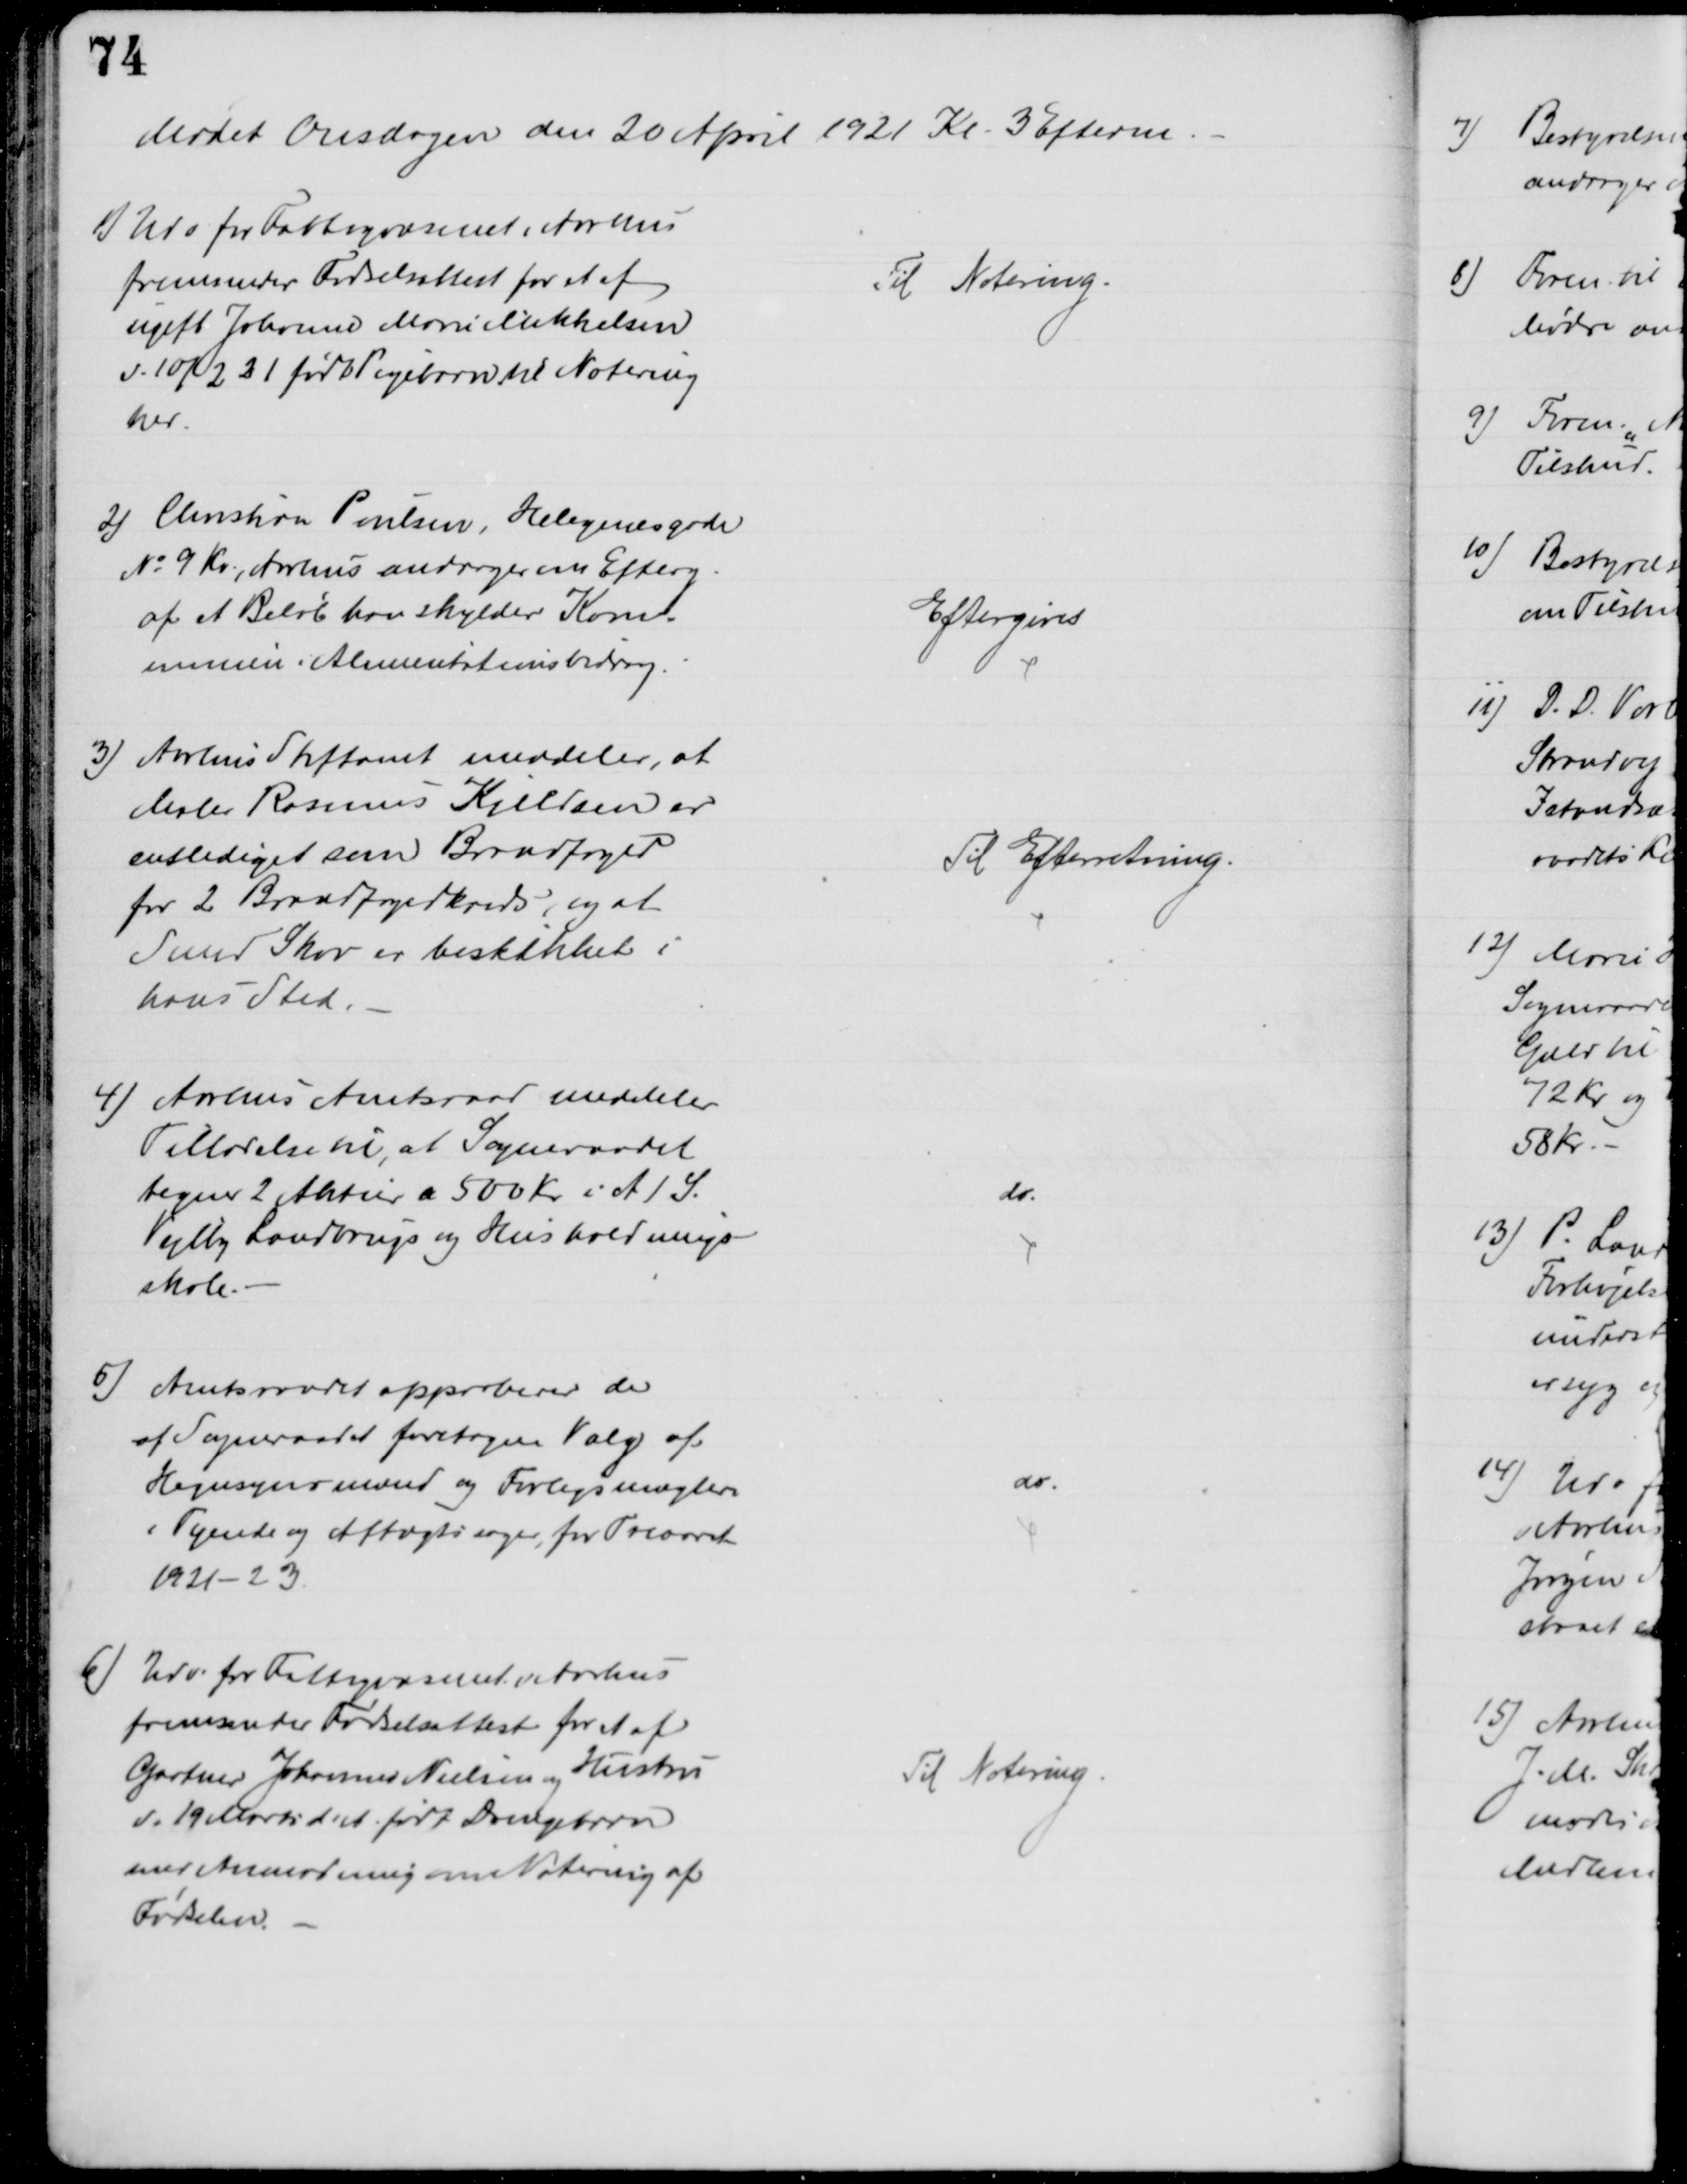
Transskription:
Mødet Onsdagen den 20 April 1921 Kl. 3 Efterm.
1) Udv for Fattigvæsenet i Aarhus
fremsender Fødselsattest for et af
ugift Johanne Marie Mikkelsen
d. 10/2 21 født Pigebarn til Notering
her.
Til Notering.
2) Christian Poulsen, Helegenes Gade
№ 9 Kv., Aarhus andrager om Efterg.
af et Beløb han skylder Kom-
munen i Alimentationsbidrag.
Eftergives
3)
Aarhus Stiftamt meddeler, at
Maler Rasmus Kjeldsen er
entlediget som Brandfoged
for 2 Brandfogedkreds, og at
Smed Skov er beskikket i
hans Sted.
Til Efterretning.
4) Aarhus Amtsraad meddeler
Tilladelse til, at Sogneraadet
tegner 2 Aktier a 500 Kr i A/S.
Vejlby Landbrugs og Husholdnings-
skole.
do
5) Amtsraadet approberer de
af Sogneraadet foretagne Valg af
Hegnsynsmænd og Forligsmæglere
i Tyende og Aftægtssager, for Treaaret
1921-23.
do.
6) Udv. for Fattigvæsenet i Aarhus
fremsender Fødselsattest for et af
Gartner Johannes Nielsen og Hustru
d. 19 Marts d.A. født Drengebarn
med Anmodning om Notering af
Fødselen.
Til Notering.